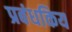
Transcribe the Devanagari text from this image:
प्रबंधकिय